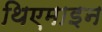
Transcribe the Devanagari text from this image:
थिएमाइन